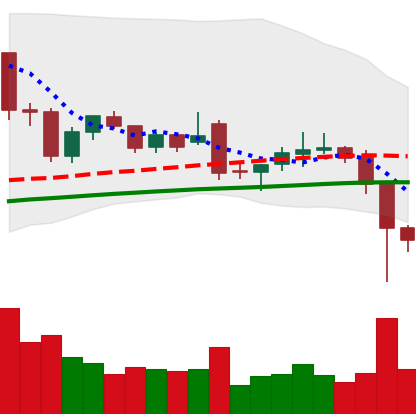
Ticker: LTC-USD
Chart end date: 2021-12-05
Forward return: -4.994%
Label: down_3_5